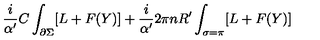
\frac { i } { \alpha ^ { \prime } } C \int _ { \partial \Sigma } [ L + F ( Y ) ] + \frac { i } { \alpha ^ { \prime } } 2 \pi n R ^ { \prime } \int _ { \sigma = \pi } [ L + F ( Y ) ]